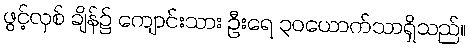
ဖွင့်လှစ် ချိန်၌ ကျောင်းသား ဦးရေ ၃၀ယောက်သာရှိသည်။